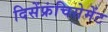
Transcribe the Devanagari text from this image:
दिसेंफ्रंचिसेमेंट